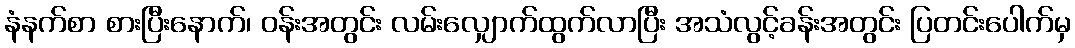
နံနက်စာ စားပြီးနောက်၊ ဝန်းအတွင်း လမ်းလျှောက်ထွက်လာပြီး အသံလွင့်ခန်းအတွင်း ပြတင်းပေါက်မှ